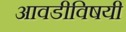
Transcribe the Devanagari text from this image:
आवडीविषयी